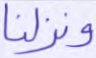
ونزلنا